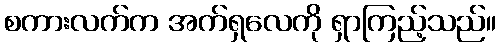
စကားလက်က အက်ရှလေကို ရှာကြည့်သည်။